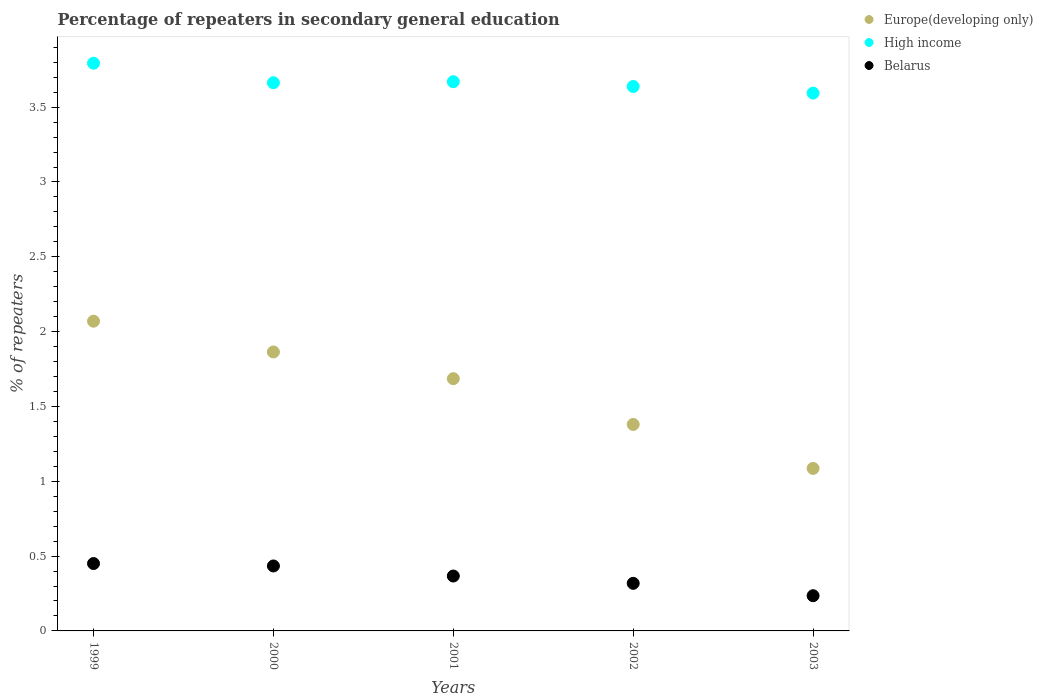
| Years | Europe(developing only) | High income | Belarus |
 | --- | --- | --- | --- |
 | 1999 | 2.07 | 3.79 | 0.45 |
 | 2000 | 1.86 | 3.66 | 0.434 |
 | 2001 | 1.69 | 3.67 | 0.367 |
 | 2002 | 1.38 | 3.64 | 0.318 |
 | 2003 | 1.09 | 3.59 | 0.235 |